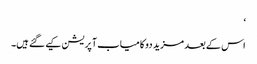
‘
اس کے بعد مزید دو کامیاب آپریشن کیے گئے ہیں۔